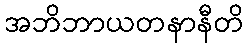
အဘိဘာယတနာနီတိ